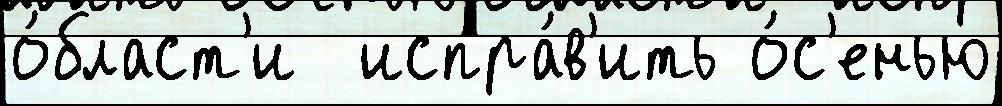
о́бласт'и  испра́в'ить о́с'енью